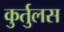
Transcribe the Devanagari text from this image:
कुर्तुलस